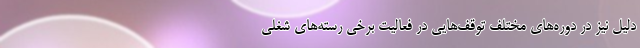
دلیل نیز در دوره‌های مختلف توقف‌هایی در فعالیت برخی رسته‌های شغلی